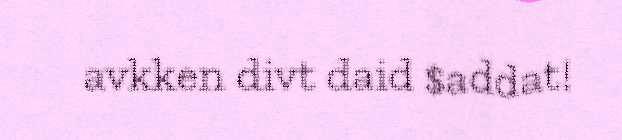
avkken divt daid $addat!